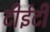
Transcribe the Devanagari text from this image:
टीईटी